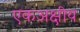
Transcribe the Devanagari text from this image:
एकअक्षीय